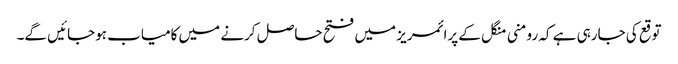
توقع کی جارہی ہے کہ رومنی منگل کے پرائمریز میں فتح حاصل کرنے میں کامیاب ہوجائیں گے۔